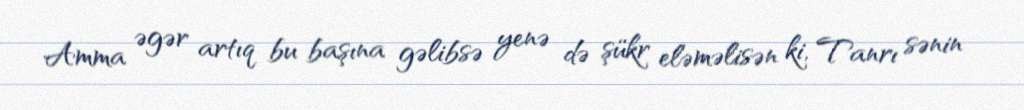
Amma əgər artıq bu başına gəlibsə yenə də şükr eləməlisən ki, Tanrı sənin